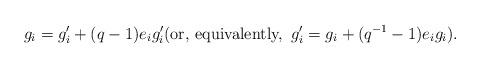
LaTeX: \begin{align*}g_i=g^\prime_i+(q-1)e_ig^\prime_i \mbox{(or, equivalently, }\, g^\prime_i=g_i+(q^{-1}-1)e_i g_i). \end{align*}